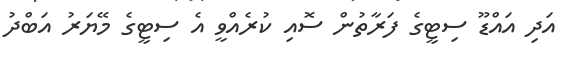
އަދި އައްޑޫ ސިޓީގެ ފަރާތުން ސޮއި ކުރެއްވީ އެ ސިޓީގެ މޭޔަރު އަބްދު